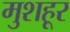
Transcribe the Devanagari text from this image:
मुशहूर